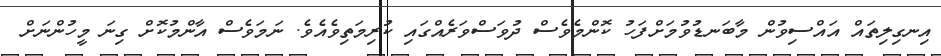
އިނގިލިތައް އައްސިވުން މާބަނޑުވުމަށްފަހު ކޮންމެވެސް ދުވަސްވަރެއްގައި ކުރިމަތިވެއެވެ. ނަމަވެސް އާންމުކޮށް ގިނަ މީހުންނަށް